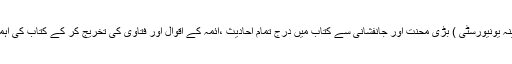
مولانا حافظ عبد الرؤف (فاضل مدینہ یونیورسٹی ) بڑی محنت اور جانفشانی سے کتاب میں درج تمام احادیث ،ائمہ کے اقوال اور فتاویٰ کی تخریج کر کے کتاب کی اہمیت و افادیت کو دو چند کردیا ہے۔